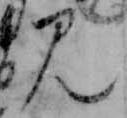
み